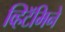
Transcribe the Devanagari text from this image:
व्हिटॅमिने